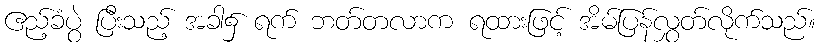
ဧည့်ခံပွဲ ပြီးသည့် အခါ၌ ရက် ဘတ်တလာက ရထားဖြင့် အိမ်ပြန်လွှတ်လိုက်သည်။